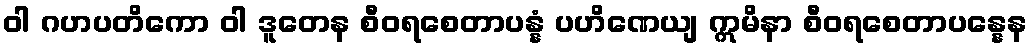
ဝါ ဂဟပတိကော ဝါ ဒူတေန စီဝရစေတာပန္နံ ပဟိဏေယျ ဣမိနာ စီဝရစေတာပန္နေန